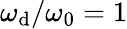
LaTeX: \omega_{\mathrm{d}}/\omega_{0}=1